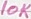
Text: 10K